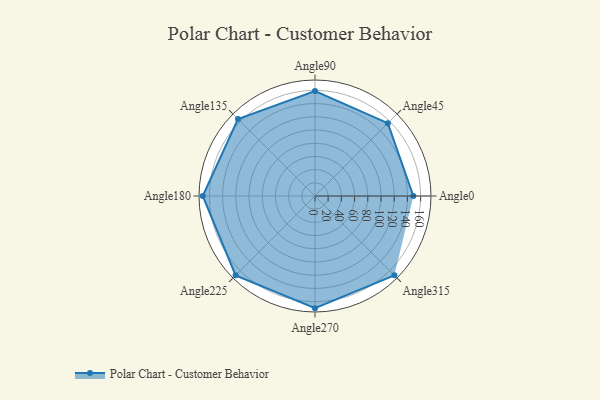
{"axis": {"x": "Angle", "y": "Radius"}, "legend": [""], "data": [{"x": "Angle0", "y": 149.0, "type": ""}, {"x": "Angle45", "y": 156.0, "type": ""}, {"x": "Angle90", "y": 159.0, "type": ""}, {"x": "Angle135", "y": 165.0, "type": ""}, {"x": "Angle180", "y": 170, "type": ""}, {"x": "Angle225", "y": 170, "type": ""}, {"x": "Angle270", "y": 170, "type": ""}, {"x": "Angle315", "y": 170, "type": ""}]}